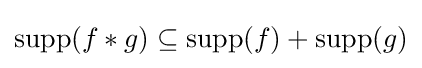
\operatorname {supp} (f\ast g)\subseteq \operatorname {supp} (f)+\operatorname {supp} (g)